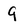
Character: 9